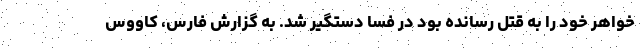
خواهر خود را به قتل رسانده بود در فسا دستگیر شد. به گزارش فارس، کاووس